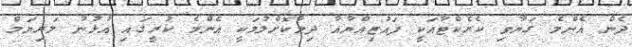
ދެން އެންމެ ގަޔާވި ކެރެކްޓާއަކީ ފައުޒިއްޔާއާ ދިމާކޮށްލުމަކީ އެންމެ ކުރީގައި އުޅުނު މަރިޔަމް